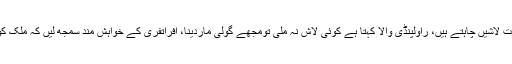
لاشوں کی سیاست کرنے والے ہر قیمت لاشیں چاہتے ہیں، راولپنڈی والا کہتا ہے کوئی لاش نہ ملی تومجھے گولی ماردینا، افراتفری کے خواہش مند سمجھ لیں کہ ملک کو انتشار کا شکار نہیں ہونے دیں گے۔